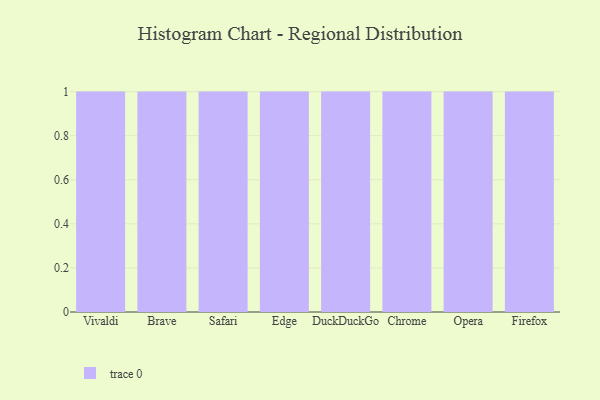
{"axis": {"x": "Browser", "y": "Temperature (°C)"}, "legend": [""], "data": [{"x": "Vivaldi", "y": 87, "type": ""}, {"x": "Brave", "y": 24, "type": ""}, {"x": "Safari", "y": 40, "type": ""}, {"x": "Edge", "y": 44, "type": ""}, {"x": "DuckDuckGo", "y": 80, "type": ""}, {"x": "Chrome", "y": 31, "type": ""}, {"x": "Opera", "y": 84, "type": ""}, {"x": "Firefox", "y": 65, "type": ""}]}